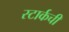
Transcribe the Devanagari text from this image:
स्टार्कची